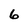
Character: 6